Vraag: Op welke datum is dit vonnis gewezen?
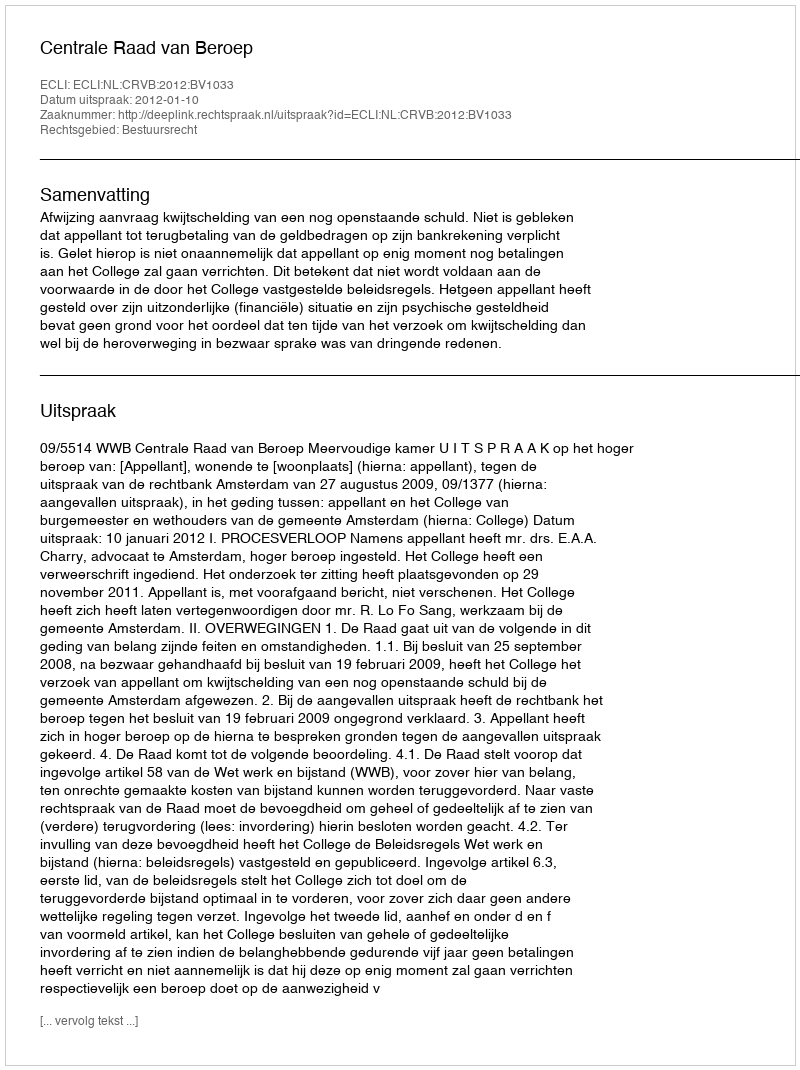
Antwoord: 2012-01-10